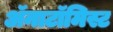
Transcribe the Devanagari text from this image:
अॅनाटॉमिस्ट